Annual report on the working of the Harcourt Butler Institute of Public Health, Rangoon
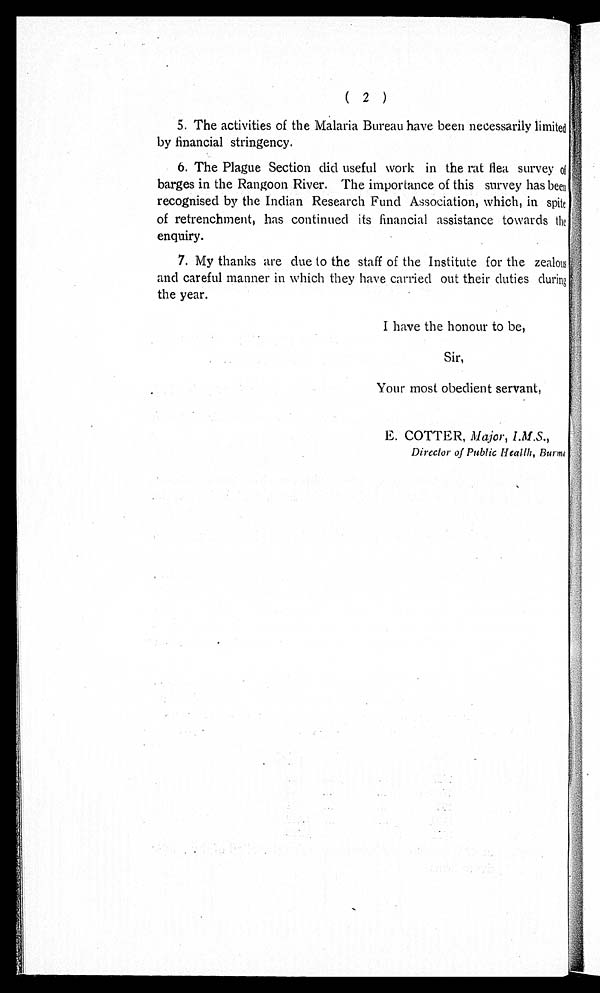
( 2 )
5.The activities of the Malaria Bureau have been necessarily limited
by financial stringency.
6.The Plague Section did useful work in the rat flea survey of
barges in the Rangoon River. The importance of this survey has bee
n r e c o g n i s e d b y t h e I n d i a n R e s e a r c h F u n d A s s o c i a t i o n , w h i c h , i n s p i t e
of retrenchment, has continued its financial assistance towards the
enquiry.
7.My thanks are due to the staff of the Institute for the zealous
and careful manner in which they have carried out their duties during
the year.
I have the honour to be,
Sir,
Your most obedient servant,
E. COTTER, Major, I.M.S.,
Director of Public Health, Burma